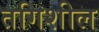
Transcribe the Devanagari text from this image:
तगिशील